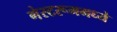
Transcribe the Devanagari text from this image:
गेस्टरूममध्ये